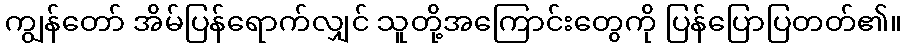
ကျွန်တော် အိမ်ပြန်ရောက်လျှင် သူတို့အကြောင်းတွေကို ပြန်ပြောပြတတ်၏။